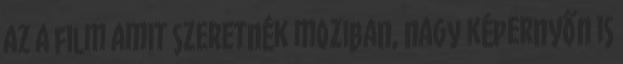
az a film amit szeretnék moziban, nagy képernyőn is